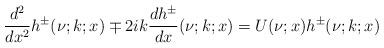
LaTeX: \begin{align*}\frac{d^2}{dx^2}h^{\pm}(\nu;k;x)\mp 2ik\frac{dh^\pm}{dx}(\nu;k;x)=U(\nu;x)h^\pm(\nu;k;x)\end{align*}